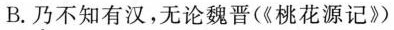
B. 乃不知有汉，无论魏晋(《桃花源记》)